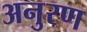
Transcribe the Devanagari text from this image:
अनुरण